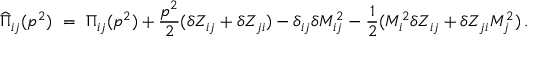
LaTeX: \widehat { \Pi } _ { i j } ( p ^ { 2 } ) \ = \ \Pi _ { i j } ( p ^ { 2 } ) + \frac { p ^ { 2 } } { 2 } ( \delta Z _ { i j } + \delta Z _ { j i } ) - \delta _ { i j } \delta M _ { i j } ^ { 2 } - \frac { 1 } { 2 } ( M _ { i } ^ { 2 } \delta Z _ { i j } + \delta Z _ { j i } M _ { j } ^ { 2 } ) \, .